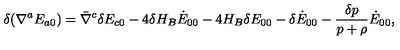
\delta ( \nabla ^ { a } E _ { a 0 } ) = \bar { \nabla } ^ { c } \delta E _ { c 0 } - 4 \delta H _ { B } \dot { E } _ { 0 0 } - 4 H _ { B } \delta E _ { 0 0 } - \delta \dot { E } _ { 0 0 } - \frac { \delta p } { p + \rho } \dot { E } _ { 0 0 } ,